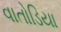
વાતોડિયા